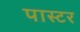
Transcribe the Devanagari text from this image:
पास्‍टर